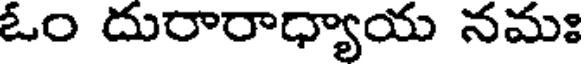
ఓం దురారాధ్యాయ నమః